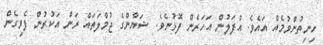
ހިނިތުންވުމެއް އައެވެ. އުފަލުން އަހަރެން ފޮޅުނެވެ. ޝަޔާންގެ ޖުމްލަތައް ރަން އަކުރުން ފެވިގެން